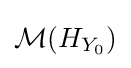
{\mathcal {M}}(H_{Y_{0}})